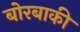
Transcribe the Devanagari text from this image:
बोरबाकी